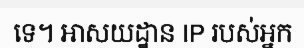
ទេ។ អាសយដ្ឋាន IP របស់អ្នក